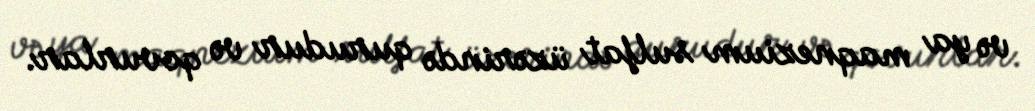
və ya maqnezium sulfat üzərində qurudur və qovurlar.